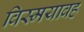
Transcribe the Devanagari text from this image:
विस्मयावह